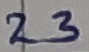
Text: 23